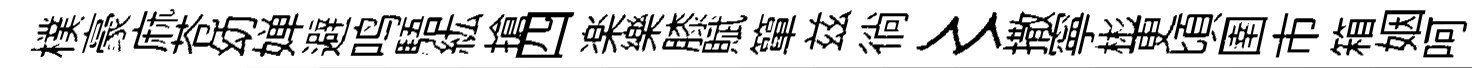
樸豪麻苍幼婵避鸣䮏紘搶四楽樂膝賦簞兹徜〻撒寧彬更頃圉市箱姻呵